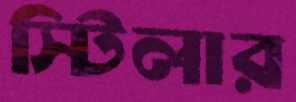
স্টিলার